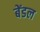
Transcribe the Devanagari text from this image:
बेंडल